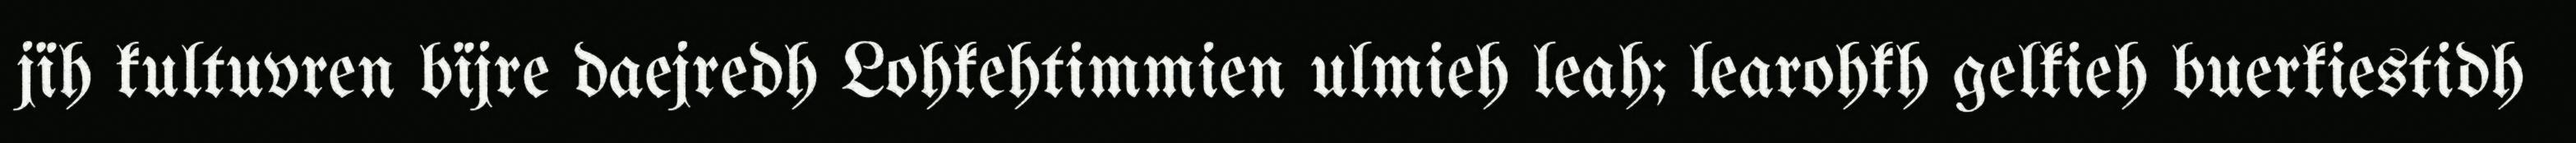
jïh kultuvren bïjre daejredh Lohkehtimmien ulmieh leah; learohkh gelkieh buerkiestidh